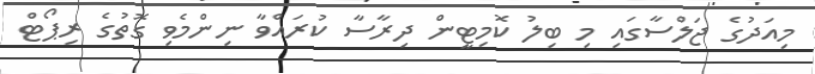
މިއަދުގެ ޖަލްސާގައި މި ބިލު ކޮމިޓީން ދިރާސާ ކުރައްވާ ނިންމެވި ގޮތުގެ ރިޕޯޓް